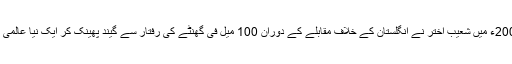
عالمی کپ 2003ء میں شعیب اختر نے انگلستان کے خلاف مقابلے کے دوران 100 میل فی گھنٹے کی رفتار سے گیند پھینک کر ایک نیا عالمی ریکاڈ قائم کیا۔